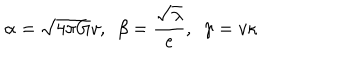
\alpha = \sqrt { 4 \pi G } v , \ \ \beta = \frac { \sqrt { \lambda } } { e } , \ \ \gamma = v \kappa